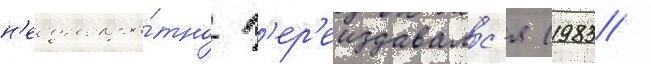
н'еоднокра́тно п'ер'еиздавалс'я (1983 /